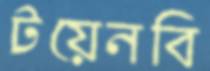
টয়েনবি